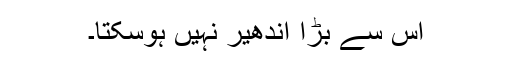
اس سے بڑا اندھیر نہیں ہوسکتا۔